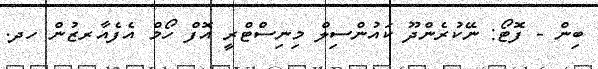
ބިން - ފޮޓޯ: ނޭކުރެންދޫ ކައުންސިލް މިނިސްޓްރީ އޮފް ހޯމް އެފެއާރޒުން ހދ.